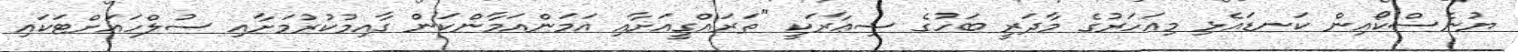
ޔުނެސްކޯއިން ކަނޑައެޅި މިއަހަރުގެ މާދަރީ ބަހުގެ ޝިޢާރަކީ "ތަރައްގީއަށާއި އަމަންއަމާންކަން ގާއިމުކުރުމަށާއި ސުލްހައަށްޓަކައި